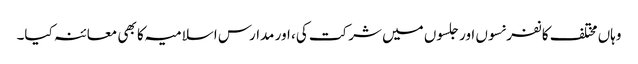
وہاں مختلف کانفرنسوں اور جلسوں میں شرکت کی، اور مدارس اسلامیہ کا بھی معائنہ کیا۔